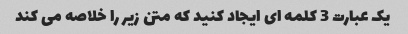
یک عبارت 3 کلمه ای ایجاد کنید که متن زیر را خلاصه می کند